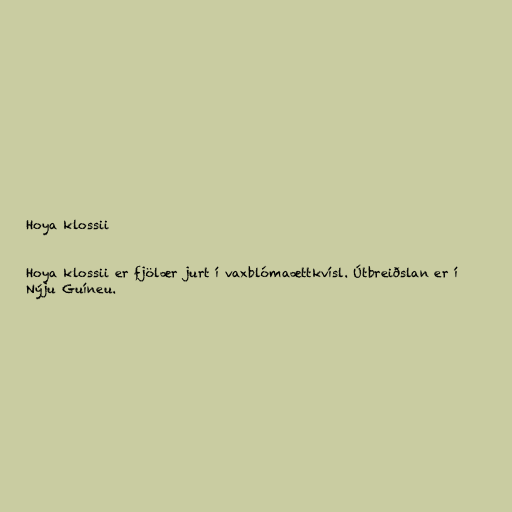
Hoya klossii

Hoya klossii er fjölær jurt í vaxblómaættkvísl. Útbreiðslan er í
Nýju Guíneu.